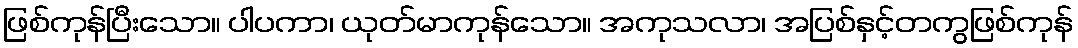
ဖြစ်ကုန်ပြီးသော။ ပါပကာ၊ ယုတ်မာကုန်သော။ အကုသလာ၊ အပြစ်နှင့်တကွဖြစ်ကုန်